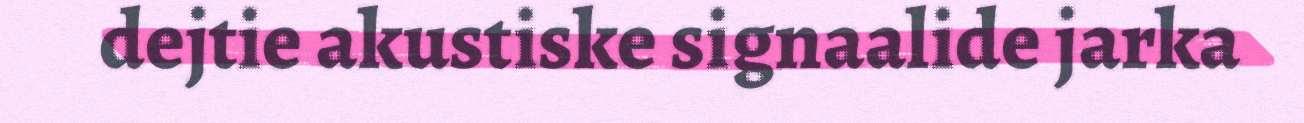
dejtie akustiske signaalide jarka